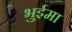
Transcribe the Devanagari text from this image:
भुईमा